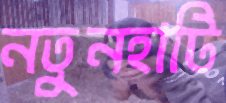
নতুনহাটি